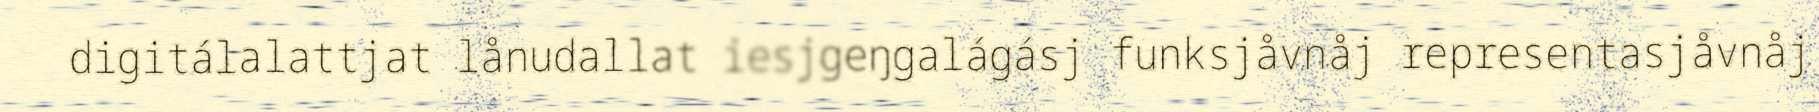
digitálalattjat lånudallat iesjgeŋgalágásj funksjåvnåj representasjåvnåj